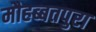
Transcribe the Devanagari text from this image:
मौहब्बतपुरा